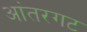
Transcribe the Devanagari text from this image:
आंतरगट